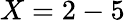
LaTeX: X=2-5